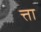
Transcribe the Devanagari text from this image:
त्ता